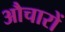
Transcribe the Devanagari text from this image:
औचारों